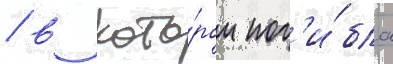
/ в кото́ром пог'и́бла